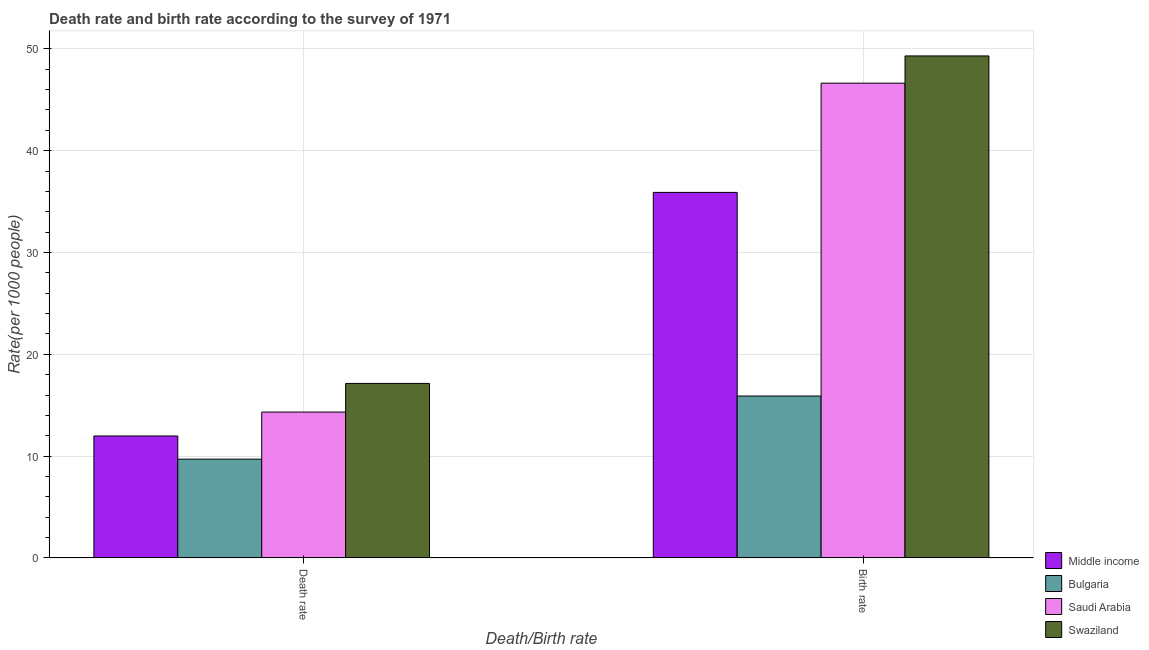
| Death/Birth rate | Middle income | Bulgaria | Saudi Arabia | Swaziland |
 | --- | --- | --- | --- | --- |
 | Death rate | 12 | 9.7 | 14.3 | 17.1 |
 | Birth rate | 35.9 | 15.9 | 46.6 | 49.3 |